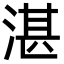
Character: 湛